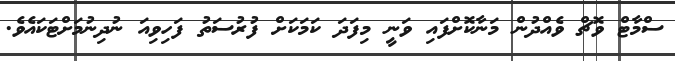
ސްމާޓް ވޮޗް ވެއްދުން މަނާކޮށްފައި ވަނީ މިފަދަ ކަމަކަށް ފުރުސަތު ފަހިވިއަ ނުދިނުމަށްޓަކައެވެ.